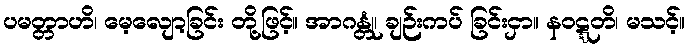
ပမတ္တာဟိ၊ မေ့လျော့ခြင်း တို့ဖြင့်။ အာဂန္တုံ၊ ချဉ်းကပ် ခြင်းငှာ။ နဝဋ္ဋတိ၊ မသင့်။